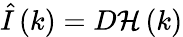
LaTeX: \hat{I}\left(k\right)=D{\cal H}\left(k\right)